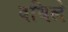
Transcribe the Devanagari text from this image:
वधिले